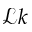
\mathcal { L } k